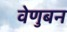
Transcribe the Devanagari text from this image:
वेणुबन